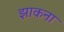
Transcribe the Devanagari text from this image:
झाकना